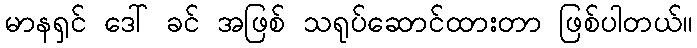
မာနရှင် ဒေါ် ခင် အဖြစ် သရုပ်ဆောင်ထားတာ ဖြစ်ပါတယ်။